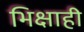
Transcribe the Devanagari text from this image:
भिक्षाही